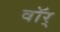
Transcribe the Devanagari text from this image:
वॉर्